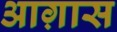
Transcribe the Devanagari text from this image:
आग़ास